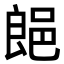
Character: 郒